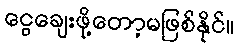
ငွေချေးဖို့တော့မဖြစ်နိုင်။